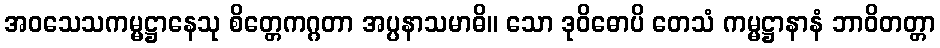
အဝသေသကမ္မဋ္ဌာနေသု စိတ္တေကဂ္ဂတာ အပ္ပနာသမာဓိ။ သော ဒုဝိဓောပိ တေသံ ကမ္မဋ္ဌာနာနံ ဘာဝိတတ္တာ